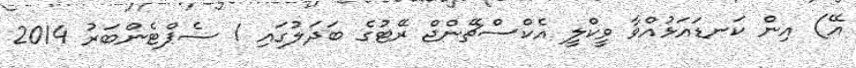
އޭ) އިން ކަނޑައަޅުއްވާ ވީކްލީ އެކްސްޗޭންޖް ރޭޓުގެ ބަދަލުގައި 1 ސެޕްޓެންބަރު 2014